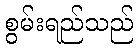
စွမ်းရည်သည်